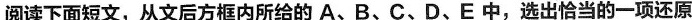
阅读下面短文,从文后方框内所给的 A、B、C、D、E 中,选出恰当的一项还原